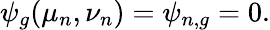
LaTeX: \psi_{g}(\mu_{n},\nu_{n})=\psi_{n,g}=0.